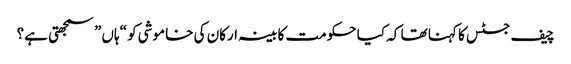
چیف جسٹس کا کہنا تھا کہ کیا حکومت کابینہ ارکان کی خاموشی کو “ہاں” سمجھتی ہے؟